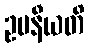
ဥပနီယတိ